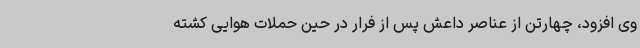
وی افزود، چهارتن از عناصر داعش پس از فرار در حین حملات هوایی کشته